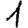
Digit: 1